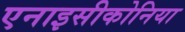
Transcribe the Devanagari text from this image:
एनाइसीकोनिया